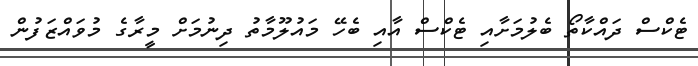
ޓެކްސް ދައްކާތޯ ބެލުމަށާއި ޓެކްސް އާއި ބެހޭ މައުލޫމާތު ދިނުމަށް މީރާގެ މުވައްޒަފުން